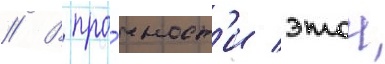
// В про́чност'и этои